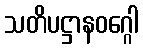
သတိပဋ္ဌာနဝဂ္ဂေါ